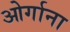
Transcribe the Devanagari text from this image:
ओर्गाना